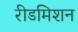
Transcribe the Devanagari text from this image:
रीडमिशन